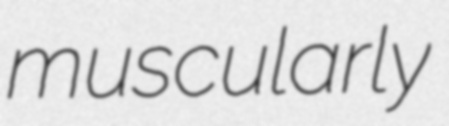
muscularly